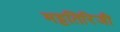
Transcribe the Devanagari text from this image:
मट्टतिरिजी